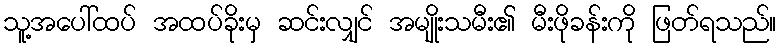
သူ့အပေါ်ထပ် အထပ်ခိုးမှ ဆင်းလျှင် အမျိုးသမီး၏ မီးဖိုခန်းကို ဖြတ်ရသည်။